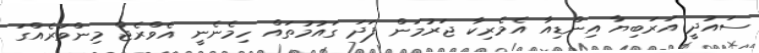
ސައުދީ އަރަބިޔާ އިންޑިއާ އެމެރިކާ ޖަރުމަން ފަދަ ގައުމުތައް ހިމެނެނީ އެވްރެޖް މިންވަރެއްގަ